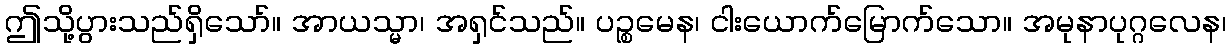
ဤသို့ပွားသည်ရှိသော်။ အာယသ္မာ၊ အရှင်သည်။ ပဉ္စမေန၊ ငါးယောက်မြောက်သော။ အမုနာပုဂ္ဂလေန၊